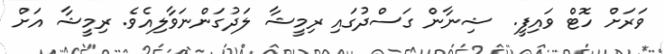
ވަރަށް ހޮޓް ވައިފީ.  ޝިނާން ގަސްދުގައި ރިމީޝާ ލަދުގަންނަވާލިއެވެ. ރިމީޝާ އަށް